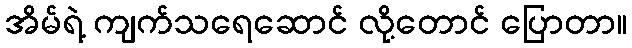
အိမ်ရဲ့ ကျက်သရေဆောင် လို့တောင် ပြောတာ။